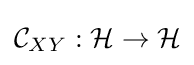
{\mathcal {C}}_{XY}:{\mathcal {H}}\to {\mathcal {H}}